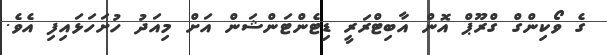
ގެ ވޯކިންގް ގްރޫޕް އޮން އާބިޓްރަރީ ޑިޓެންޓަންޝަން އަށް މިއަދު ހުށަހަޅައިފި އެވެ.